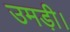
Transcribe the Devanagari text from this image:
उमड़ी।